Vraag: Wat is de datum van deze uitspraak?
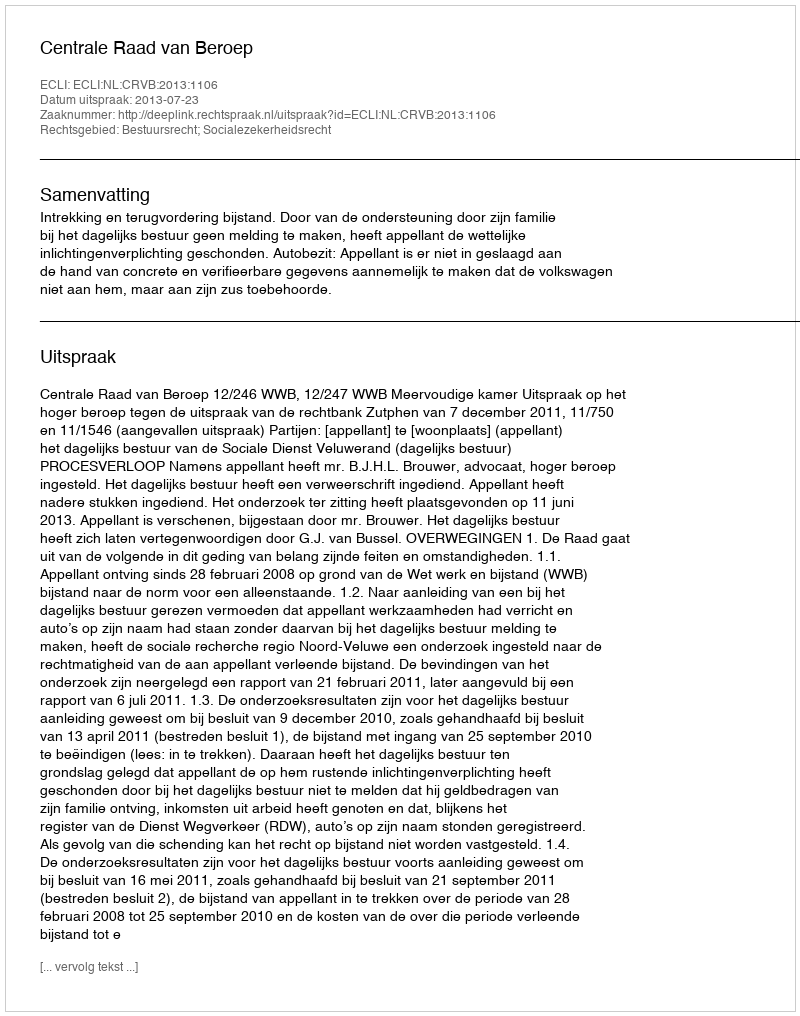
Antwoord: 2013-07-23